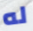
له